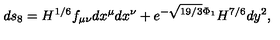
d s _ { 8 } = H ^ { 1 / 6 } f _ { \mu \nu } d x ^ { \mu } d x ^ { \nu } + e ^ { - \sqrt { 1 9 / 3 } \Phi _ { 1 } } H ^ { 7 / 6 } d y ^ { 2 } ,